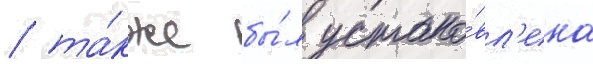
/ та́кже бы́л устано́вл'ена